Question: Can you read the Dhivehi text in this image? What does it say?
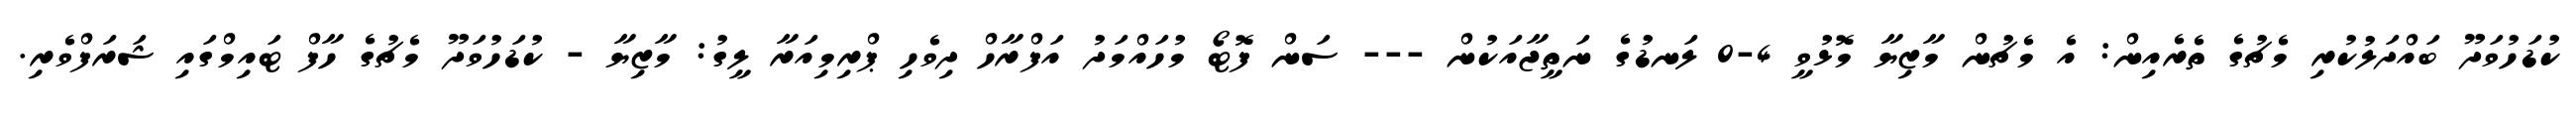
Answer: ކުޑަހުވަދޫ ބައްދަލުކުރި މެޗުގެ ތެރެއިން: އެ މެޗުން މާޒިޔާ މޮޅުވީ 4-0 ލަނޑުގެ ނަތީޖާއަކުން --- ސަން ފޮޓޯ މުހައްމަދު އަފްރާހް ދިވެހި ޕްރިމިއަރާ ލީގު: މާޒިޔާ - ކުޑަހުވަދޫ މެޗުގެ ހާފް ޓައިމްގައި ޝަރަފްވެރި.